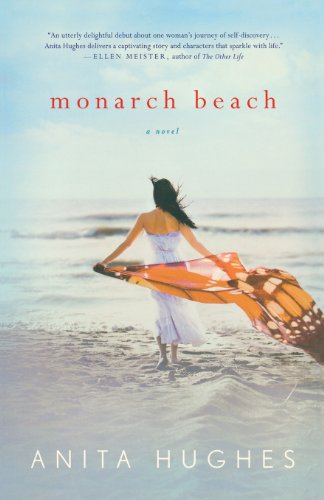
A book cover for Monarch Beach; Anita Hughes; Literature & Fiction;